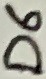
Text: D6